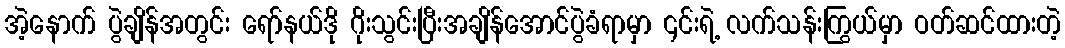
အဲ့နောက် ပွဲချိန်အတွင်း ရော်နယ်ဒို ဂိုးသွင်းပြီးအချိန်အောင်ပွဲခံရာမှာ ၎င်းရဲ့ လက်သန်းကြွယ်မှာ ဝတ်ဆင်ထားတဲ့